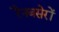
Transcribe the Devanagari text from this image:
रैनबसेरों